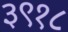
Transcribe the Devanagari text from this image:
३९१८